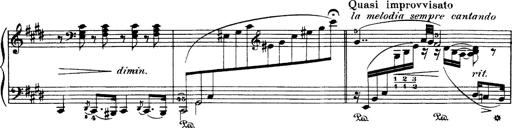
Title: Hungarian Rhapsody No.1
Composer: Franz Liszt
Key: C-sharp minor